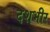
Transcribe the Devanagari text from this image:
दशभीर